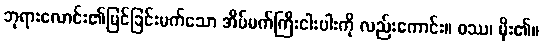
ဘုရားလောင်း၏မြင်ခြင်းမက်သော အိပ်မက်ကြီးငါးပါးကို လည်းကောင်း။ ဝဿ၊ မိုး၏။